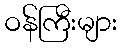
ဝန်ကြီးများ